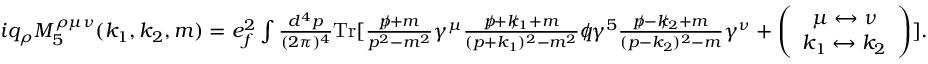
\begin{array} { r } { i q _ { \rho } M _ { 5 } ^ { \rho \mu \nu } ( k _ { 1 } , k _ { 2 } , m ) = e _ { f } ^ { 2 } \int \frac { d ^ { 4 } p } { ( 2 \pi ) ^ { 4 } } \mathrm { { T r } } [ \frac { p \! \! \! / + m } { p ^ { 2 } - m ^ { 2 } } \gamma ^ { \mu } \frac { p \! \! \! / + k \! \! \! / _ { 1 } + m } { ( p + k _ { 1 } ) ^ { 2 } - m ^ { 2 } } q \! \! \! / \gamma ^ { 5 } \frac { p \! \! \! / - k \! \! \! / _ { 2 } + m } { ( p - k _ { 2 } ) ^ { 2 } - m } \gamma ^ { \nu } + \left( \begin{array} { c } { \mu \leftrightarrow \nu } \\ { k _ { 1 } \leftrightarrow k _ { 2 } } \end{array} \right) ] . } \end{array}